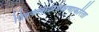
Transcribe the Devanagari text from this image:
चित्रकलाप्रशिक्षणाकरिता